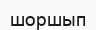
шоршып